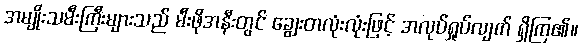
အမျိုးသမီးကြီးများသည် မီးဖိုအနီးတွင် ချွေးတလုံးလုံးဖြင့် အလုပ်ရှုပ်လျက် ရှိကြ၏။